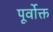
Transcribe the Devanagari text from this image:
पूर्वाेक्त